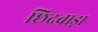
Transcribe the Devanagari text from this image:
छिदवाड़ा